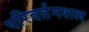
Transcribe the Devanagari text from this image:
परिवर्तनशल